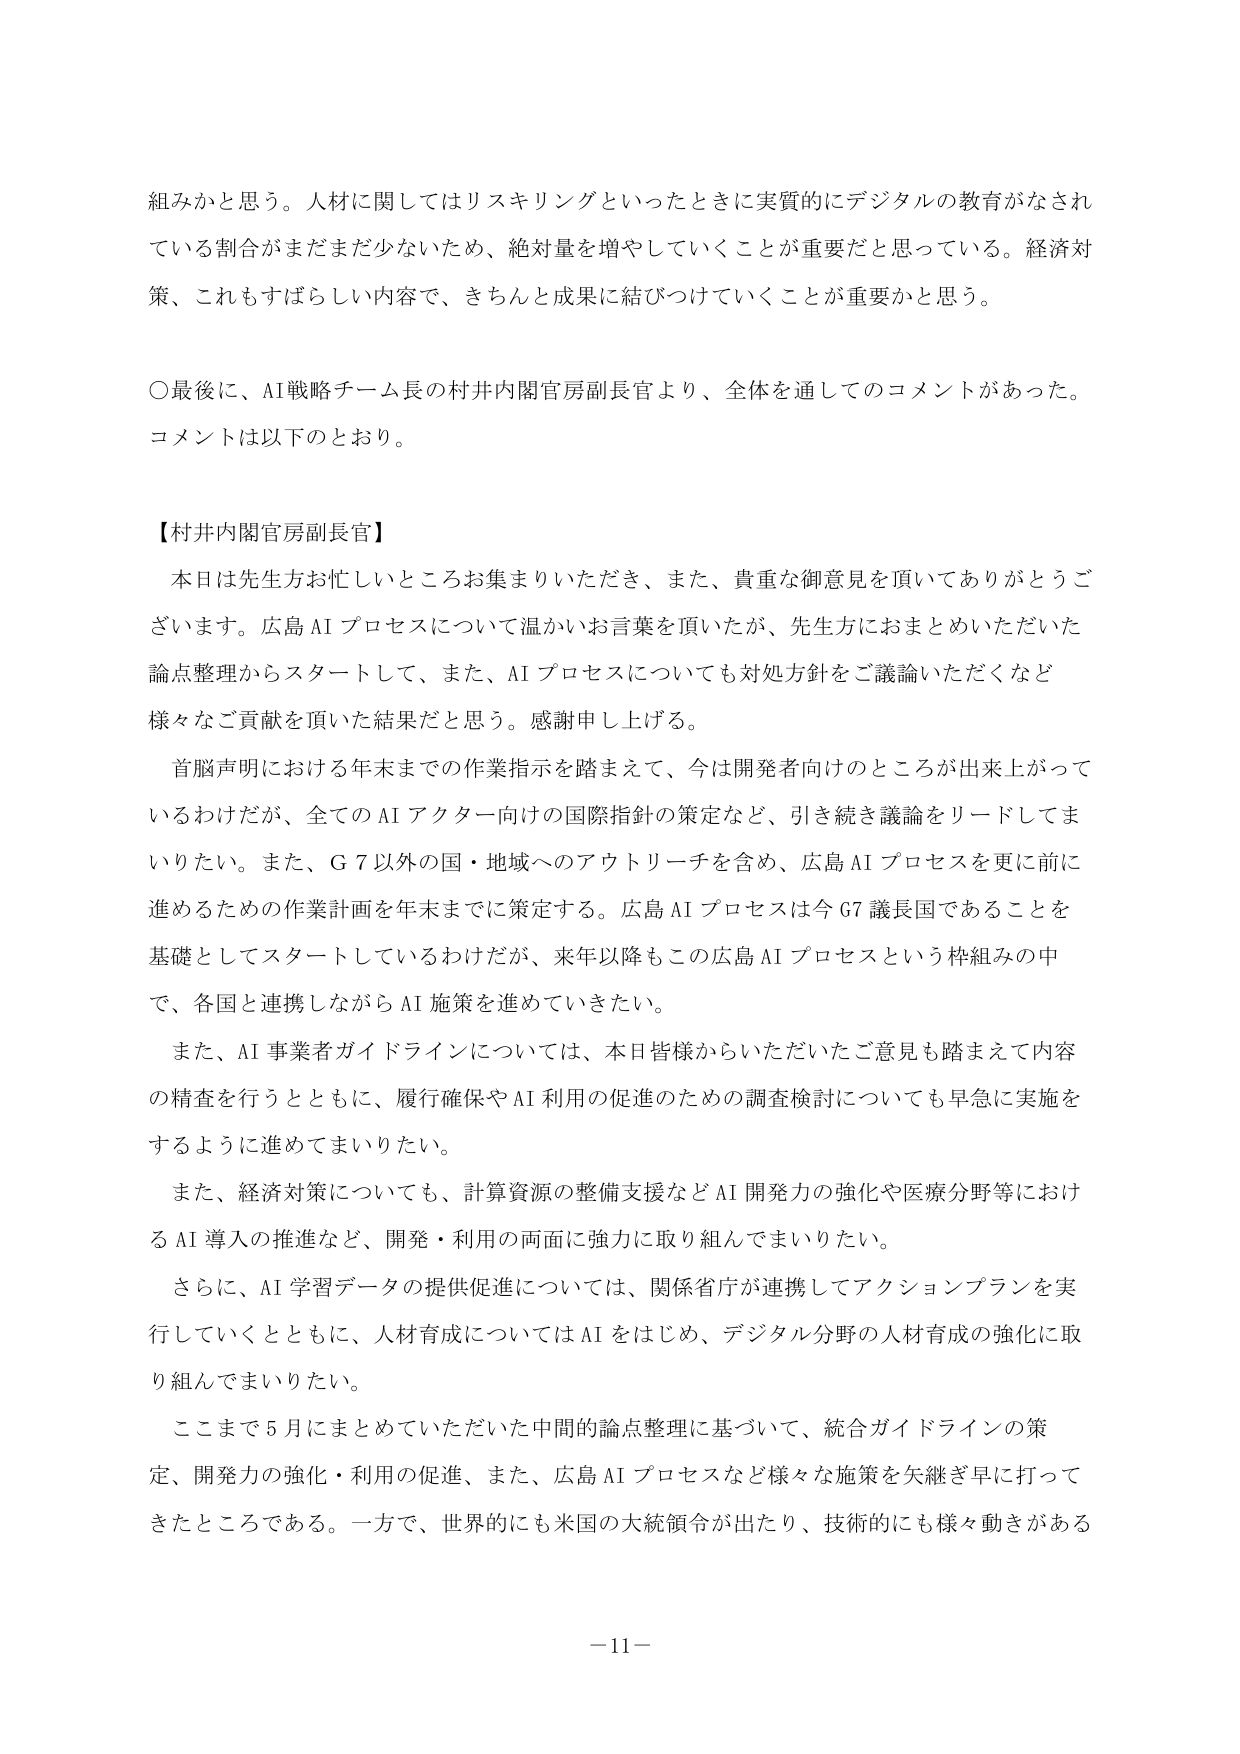
組みかと思う。人材に関してはリスキリングといったときに実質的にデジタルの教育がなされている割合がまだまだ少ないため、絶対量を増やしていくことが重要だと思っている。経済対策、これもすばらしい内容で、きちんと成果に結びつけていくことが重要かと思う。

〇最後に、AI戦略チーム長の村井内閣官房副長官より、全体を通してのコメントがあった。コメントは以下のとおり。

【村井内閣官房副長官】
本日は先生方お忙しいところお集まりいただき、また、貴重な御意見を頂いてありがとうございます。広島AIプロセスについて温かいお言葉を頂いたが、先生方におまとめいただいた論点整理からスタートして、また、AIプロセスについても対処方針をご議論いただくなど様々なご貢献を頂いた結果だと思う。感謝申し上げる。

首脳声明における年末までの作業指示を踏まえて、今は開発者向けのところが出来上がっているわけだが、全てのAIアクター向けの国際指針の策定など、引き続き議論をリードしてまいりたい。また、G7以外の国・地域へのアウトリーチを含め、広島AIプロセスを更に前に進めるための作業計画を年末までに策定する。広島AIプロセスは今G7議長国であることを基礎としてスタートしているわけだが、来年以降もこの広島AIプロセスという枠組みの中で、各国と連携しながらAI施策を進めていきたい。

また、AI事業者ガイドラインについては、本日皆様からいただいたご意見も踏まえて内容の精査を行うとともに、履行確保やAI利用の促進のための調査検討についても早急に実施をするように進めてまいりたい。

また、経済対策についても、計算資源の整備支援などAI開発力の強化や医療分野等におけるAI導入の推進など、開発・利用の両面に強力に取り組んでまいりたい。

さらに、AI学習データの提供促進については、関係省庁が連携してアクションプランを実行していくとともに、人材育成についてはAIをはじめ、デジタル分野の人材育成の強化に取り組んでまいりたい。

ここまで5月にまとめていただいた中間的論点整理に基づいて、統合ガイドラインの策定、開発力の強化・利用の促進、また、広島AIプロセスなど様々な施策を矢継ぎ早に打ってきたところである。一方で、世界的にも米国の大統領令が出たり、技術的にも様々動きがある

－11－